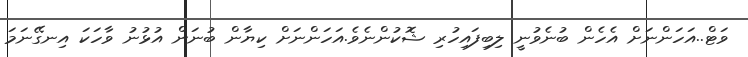
ވަޓް..އަހަންނަށް އެހެން ބުނެވުނީ ލިބިފައިހުރި ޝޮކުންނެވެ.އަހަންނަށް ކިޔާން ބުނަން އުޅުނު ވާހަކަ އިނގޭނަމަ